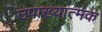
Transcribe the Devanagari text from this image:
उपाख्यात्मक